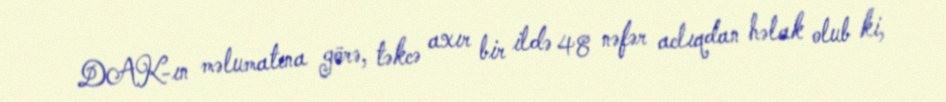
DAK-ın məlumatına görə, təkcə axır bir ildə 48 nəfər aclıqdan həlak olub ki,